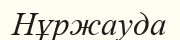
Нұржауда